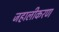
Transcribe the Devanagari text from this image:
जहालीकरण